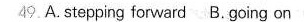
49.A. Stepping forward B. Going on